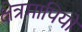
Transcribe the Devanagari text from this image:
क्षेत्रमापियों